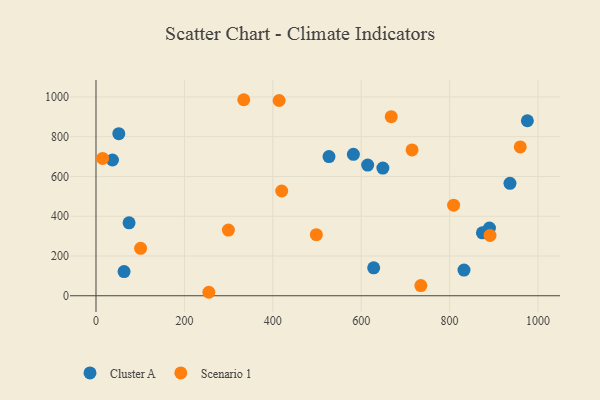
{"axis": {"x": "Engine Size", "y": "Profit"}, "legend": ["Cluster A", "Scenario 1"], "data": [{"x": "527.1", "y": 700.3, "type": "Cluster A"}, {"x": "614.6", "y": 657.4, "type": "Cluster A"}, {"x": "890.1", "y": 340.4, "type": "Cluster A"}, {"x": "874.2", "y": 316.7, "type": "Cluster A"}, {"x": "51.6", "y": 815.1, "type": "Cluster A"}, {"x": "832.5", "y": 129.1, "type": "Cluster A"}, {"x": "37.3", "y": 682.7, "type": "Cluster A"}, {"x": "936.5", "y": 565.4, "type": "Cluster A"}, {"x": "628.2", "y": 140.5, "type": "Cluster A"}, {"x": "975.9", "y": 880.3, "type": "Cluster A"}, {"x": "74.8", "y": 366.8, "type": "Cluster A"}, {"x": "649.0", "y": 642.2, "type": "Cluster A"}, {"x": "582.3", "y": 711.3, "type": "Cluster A"}, {"x": "63.5", "y": 121.6, "type": "Cluster A"}, {"x": "100.9", "y": 238.7, "type": "Scenario 1"}, {"x": "959.8", "y": 748.6, "type": "Scenario 1"}, {"x": "809.0", "y": 455.7, "type": "Scenario 1"}, {"x": "255.3", "y": 17.5, "type": "Scenario 1"}, {"x": "414.3", "y": 982.2, "type": "Scenario 1"}, {"x": "498.5", "y": 307.0, "type": "Scenario 1"}, {"x": "15.0", "y": 690.7, "type": "Scenario 1"}, {"x": "334.3", "y": 986.0, "type": "Scenario 1"}, {"x": "299.5", "y": 330.3, "type": "Scenario 1"}, {"x": "667.9", "y": 900.7, "type": "Scenario 1"}, {"x": "715.0", "y": 733.6, "type": "Scenario 1"}, {"x": "734.9", "y": 51.0, "type": "Scenario 1"}, {"x": "891.4", "y": 303.2, "type": "Scenario 1"}, {"x": "420.1", "y": 526.8, "type": "Scenario 1"}]}